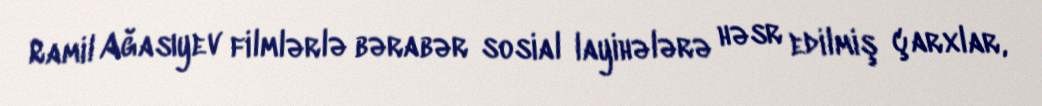
Ramil Ağasıyev filmlərlə bərabər sosial layihələrə həsr edilmiş çarxlar,